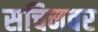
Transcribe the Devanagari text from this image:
सचिनवर